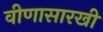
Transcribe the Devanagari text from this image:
वीणासारखी